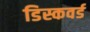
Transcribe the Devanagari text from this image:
डिस्कवर्ड